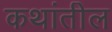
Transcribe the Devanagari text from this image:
कथांतील